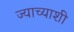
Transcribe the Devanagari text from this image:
ज्याच्याशी